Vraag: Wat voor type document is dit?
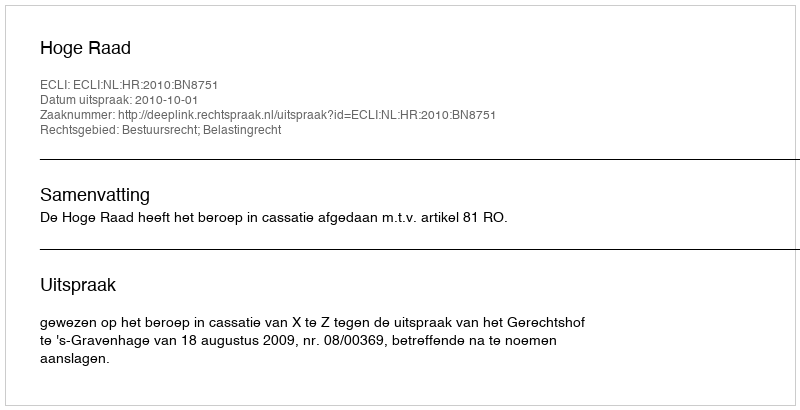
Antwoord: Uitspraak